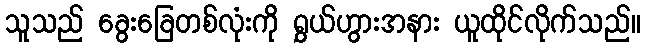
သူသည် ခွေးခြေတစ်လုံးကို ရွှယ်ဟွားအနား ယူထိုင်လိုက်သည်။